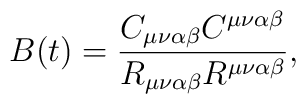
B(t) =\frac{C_{\mu\nu\alpha\beta}C^{\mu\nu\alpha\beta}}{R_{\mu\nu\alpha\beta}R^{\mu\nu\alpha\beta}},